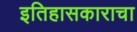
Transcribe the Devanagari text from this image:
इतिहासकाराचा